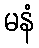
မနံ